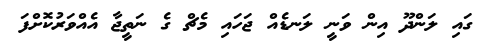
ގައި ލަންދޫ އިން ވަނީ ލަނޑެއް ޖަހައި މެޗް ގެ ނަތީޖާ އެއްވަރުކޮށްފަ